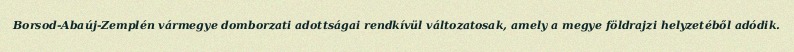
Borsod-Abaúj-Zemplén vármegye domborzati adottságai rendkívül változatosak, amely a megye földrajzi helyzetéből adódik.